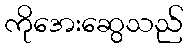
ကိုအေးဆွေသည်